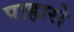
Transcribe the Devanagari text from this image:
पाहारो